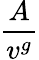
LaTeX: \frac{A}{v^{g}}